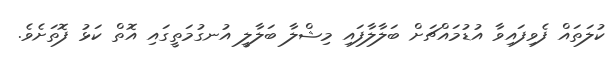
ކުލަތައް ފެވިފައިވާ އުޑުމައްޗަށް ބަލާލާފައި މިޝްލާ ބަލާލީ އުނގުމަތީގައި އޮތް ކަޅު ފޮތަށެވެ.